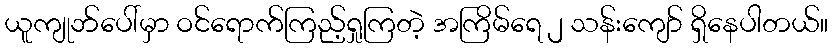
ယူကျုဘ်ပေါ်မှာ ဝင်ရောက်ကြည့်ရှုကြတဲ့ အကြိမ်ရေ ၂ သန်းကျော် ရှိနေပါတယ်။